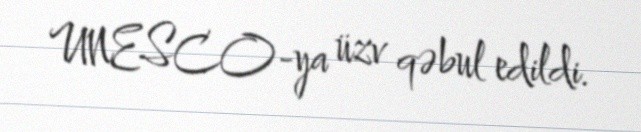
UNESCO-ya üzv qəbul edildi.